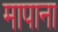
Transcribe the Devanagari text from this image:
मापाना